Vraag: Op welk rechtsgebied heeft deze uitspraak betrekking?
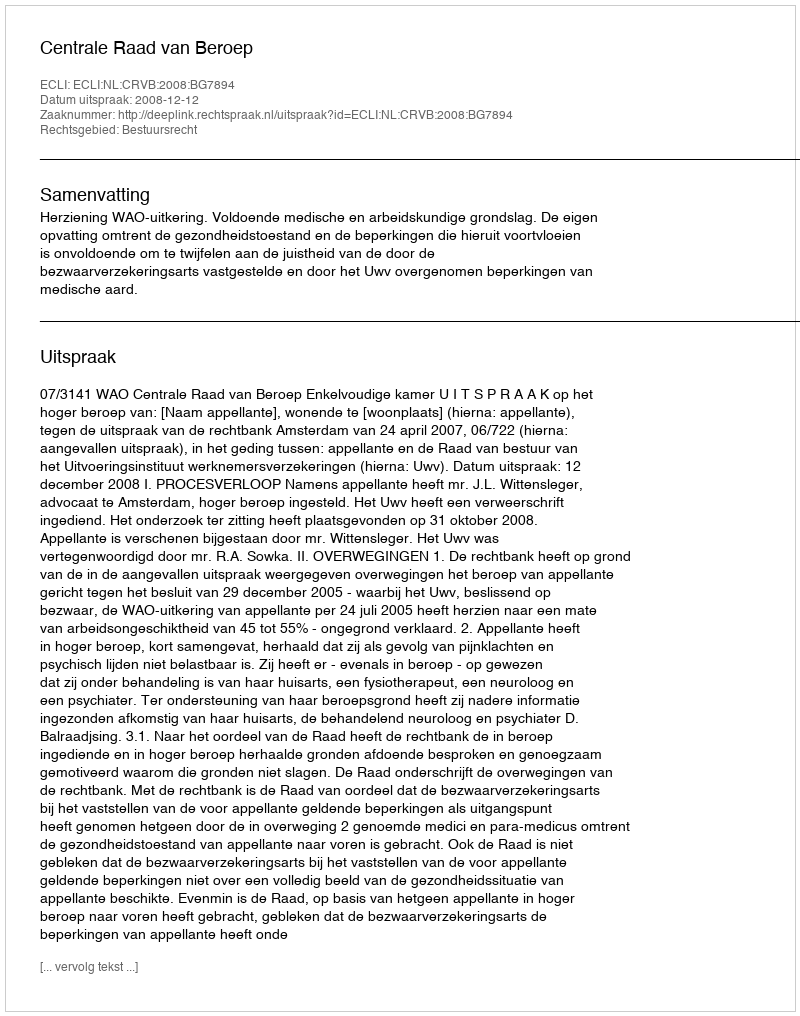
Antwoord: Bestuursrecht